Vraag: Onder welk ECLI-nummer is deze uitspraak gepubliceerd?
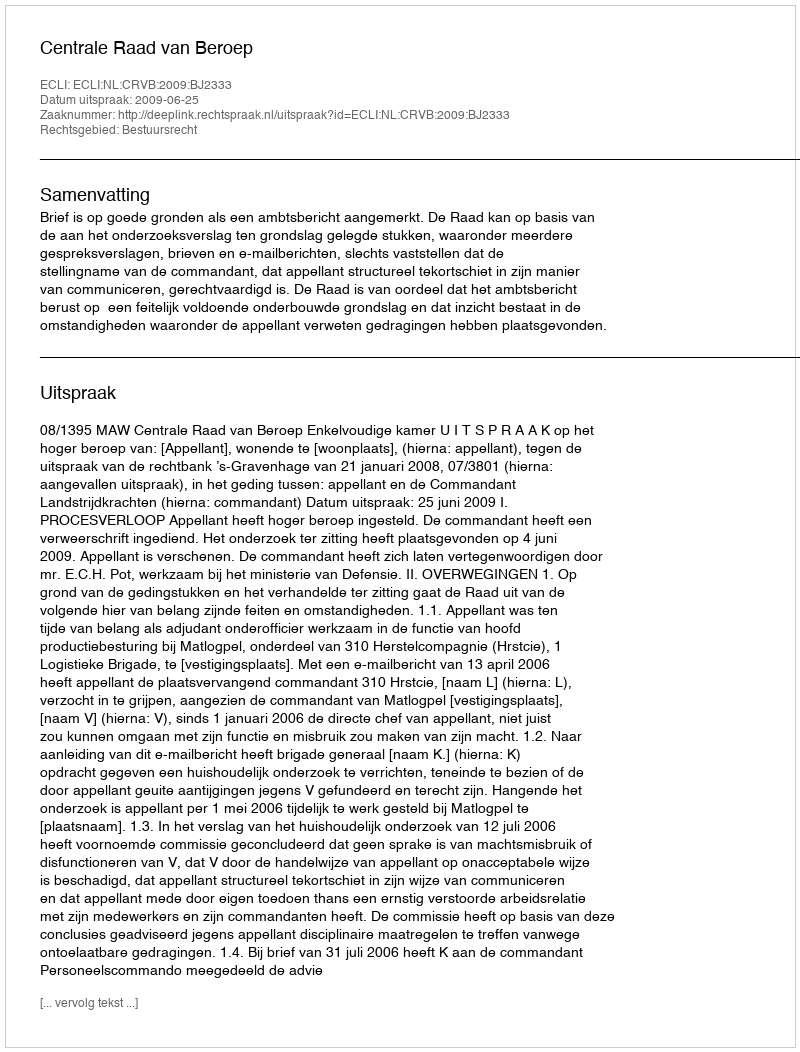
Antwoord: ECLI:NL:CRVB:2009:BJ2333